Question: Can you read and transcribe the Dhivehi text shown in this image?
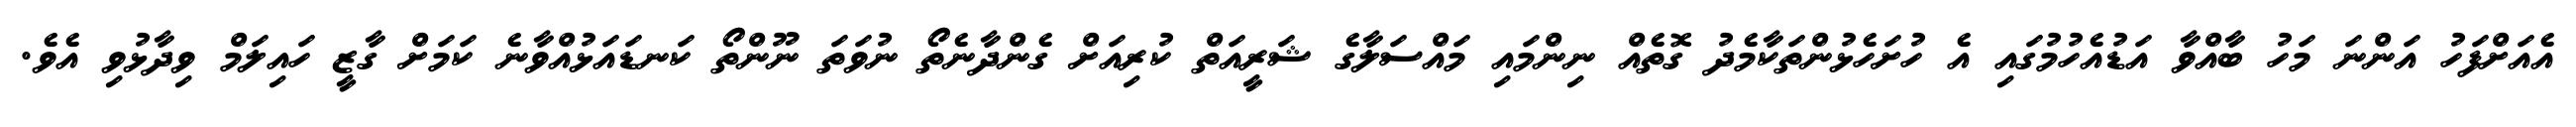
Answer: އެއަށްފަހު އަންނަ މަހު ބާއްވާ އަޑުއެހުމުގައި އެ ހުށަހެޅުންތަކާމެދު ގޮތެއް ނިންމައި މައްސަލާގެ ޝަރީއަތް ކުރިއަށް ގެންދާނެތޯ ނުވަތަ ނޫންތޯ ކަނޑައަޅުއްވާނެ ކަމަށް ގާޒީ ހައިލަމް ވިދާޅުވި އެވެ.